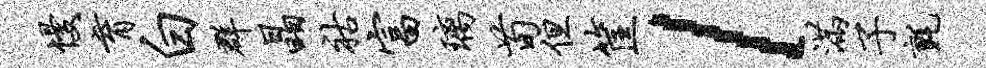
慢育白群晶祜富璃荀但筐l满子毡